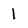
Character: 1